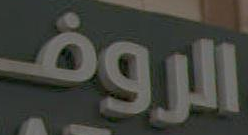
الروف